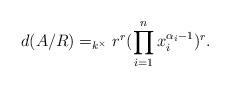
LaTeX: \begin{align*} d(A/R)=_{k^\times} r^r(\prod_{i=1}^n x_i^{\alpha_i-1})^r.\end{align*}